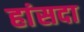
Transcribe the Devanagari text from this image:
हांसदा